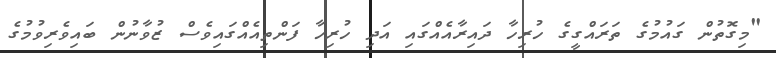
"މިގޮތުން ގައުމުގެ ތަރައްގީގެ ހުރިހާ ދައިރާއެއްގައި އަދި ހުރިހާ ފަންތިއެއްގައިވެސް ޒުވާނުން ބައިވެރިވުމުގެ